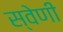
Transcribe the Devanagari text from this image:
स्वेणी